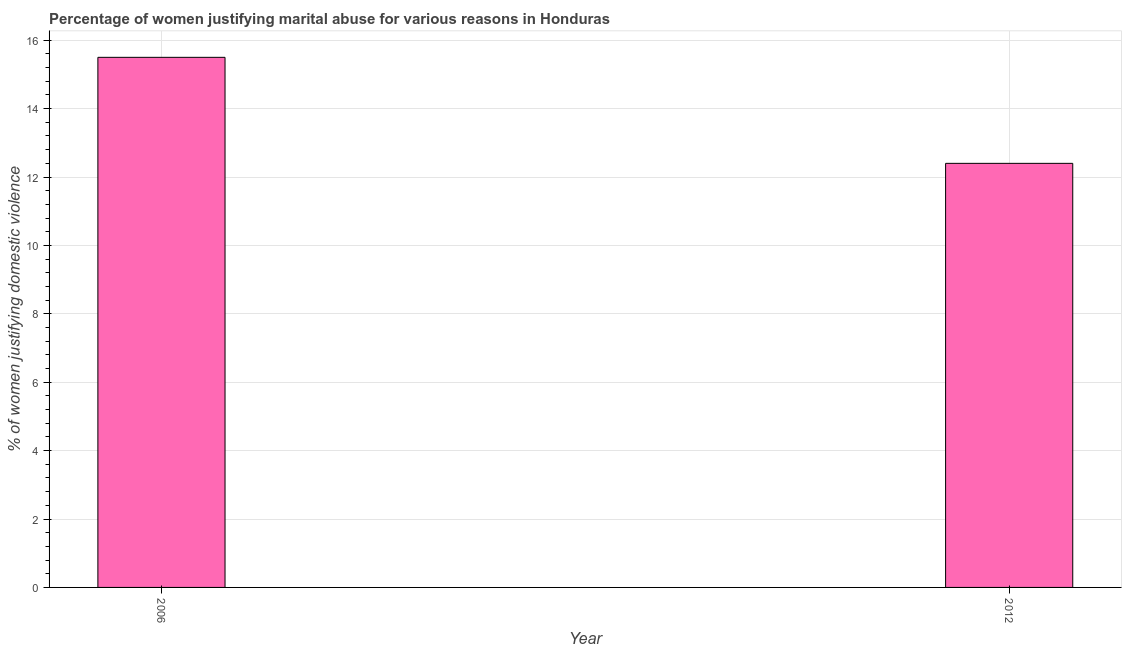
| Year | Physical abuse |
 | --- | --- |
 | 2006 | 15.5 |
 | 2012 | 12.4 |